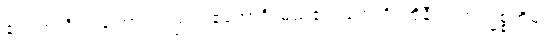
၏။ ဣတိဝါ၊ ကြောင့်လည်း။ ဧကောဒိ၊ မည်၏။ တေဟိ၊ ထိုနီဝရဏဥဒ္ဓစ္စတို့မှ။